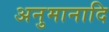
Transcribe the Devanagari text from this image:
अनुमानादि